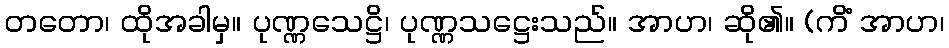
တတော၊ ထိုအခါမှ။ ပုဏ္ဏသေဋ္ဌိ၊ ပုဏ္ဏသဋ္ဌေးသည်။ အာဟ၊ ဆို၏။ (ကိံ အာဟ၊